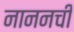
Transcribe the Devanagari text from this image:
नाननची